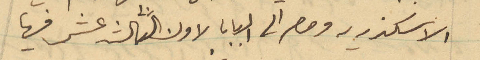
الاسكندريه ومصر الى البابا لاون الثالث عشر فيها